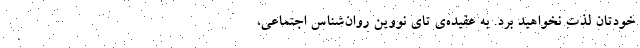
خودتان لذت نخواهید برد. به عقیده‌ی تای نوویِن روان‌شناس اجتماعی،